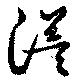
溢